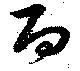
百